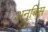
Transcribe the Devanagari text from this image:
अनुबिस